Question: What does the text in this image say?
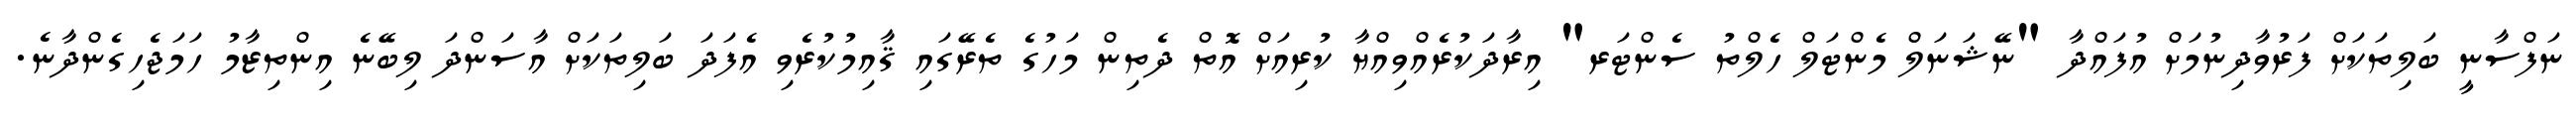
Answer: ނަފްސާނީ ބަލިތަކަށް ފަރުވާދިނުމަށް އުފައްދާ "ނޭޝަނަލް މެންޓަލް ހެލްތު ސެންޓަރ" އިރާދަކުރެއްވިއްޔާ ކުރިއަށް އޮތް ދެތިން މަހުގެ ތެރޭގައި ޤާއިމުކުރެވި އެފަދަ ބަލިތަކަށް އާސަންދަ ލިބޭނެ އިންތިޒާމު ހަމަޖެހިގެންދާނެ.